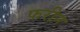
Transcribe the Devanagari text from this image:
फरीन